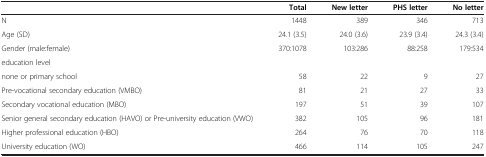
|  | Total | New letter | PHS letter | No letter |
 | --- | --- | --- | --- | --- |
 | N | 1448 | 389 | 346 | 713 |
 | Age (SD) | 24.1 (3.5) | 24.0 (3.6) | 23.9 (3.4) | 24.3 (3.4) |
 | Gender (male:female) | 370:1078 | 103:286 | 88:258 | 179:534 |
 | education level |  |  |  |  |
 | none or primary school | 58 | 22 | 9 | 27 |
 | Pre-vocational secondary education (VMBO) | 81 | 21 | 27 | 33 |
 | Secondary vocational education (MBO) | 197 | 51 | 39 | 107 |
 | Senior general secondary education (HAVO) or Pre-university education (VWO) | 382 | 105 | 96 | 181 |
 | Higher professional education (HBO) | 264 | 76 | 70 | 118 |
 | University education (WO) | 466 | 114 | 105 | 247 |